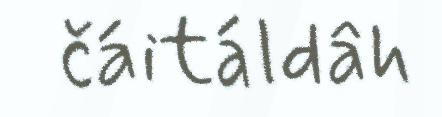
čáitáldâh